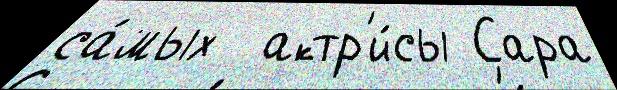
са́мых  актр'и́сы Сара